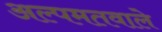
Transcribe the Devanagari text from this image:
अल्पमतवाले